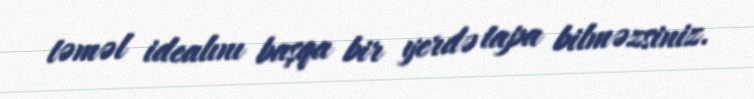
təməl idealını başqa bir yerdə tapa bilməzsiniz.